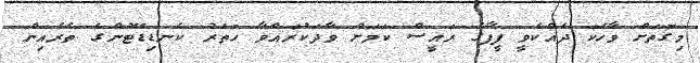
މިގޮތަށް ވާހަކަ ދެއްކެވީ ފީފާގެ ރައީސް ކަމަށް ވާދަކުރައްވާ ހަތަރު ކެނޑިޑޭޓުންގެ ތެރެއިން